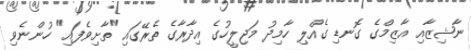
ނާޝިޒާއި އާޒިމްގެ ގޮނޑި ގެއްލި ހާމިދު މަޖިލީހުގެ އިދާރާގެ ތެރޭގައި "ތާށިވެފައި" ހުންނެވި